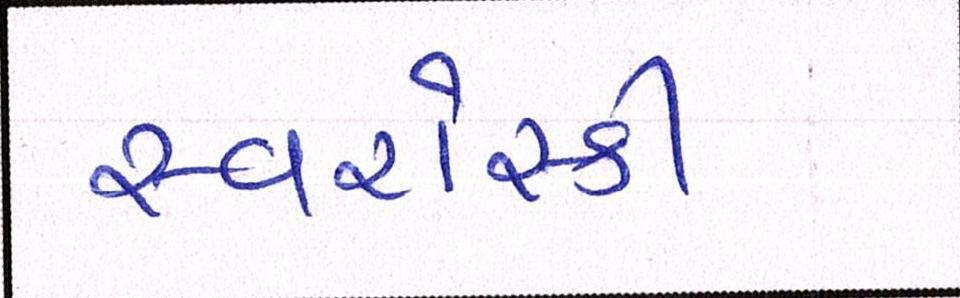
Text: સ્વરોસ્કી